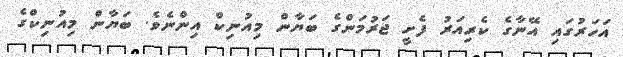
އަހަރުގައި އޭނާގެ ކެރިއަރު ފެށީ ޖަރުމަންގެ ބަޔާން މިއުނިކް އިންނެވެ. ބަޔާން މިއުނިކްގެ